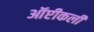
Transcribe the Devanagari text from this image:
ऑप्टीकली